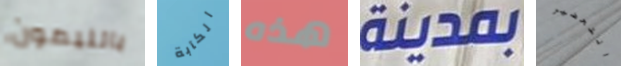
بالليمون الكآبة هذه بمدينة التحضير